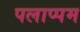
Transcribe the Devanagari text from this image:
पलाप्पम